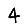
Digit: 4